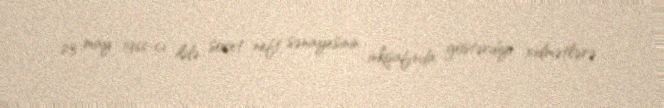
23 may 1966-cı ildə sovet neft sənayesinin inkişafında göstərdiyi xidmətlərə